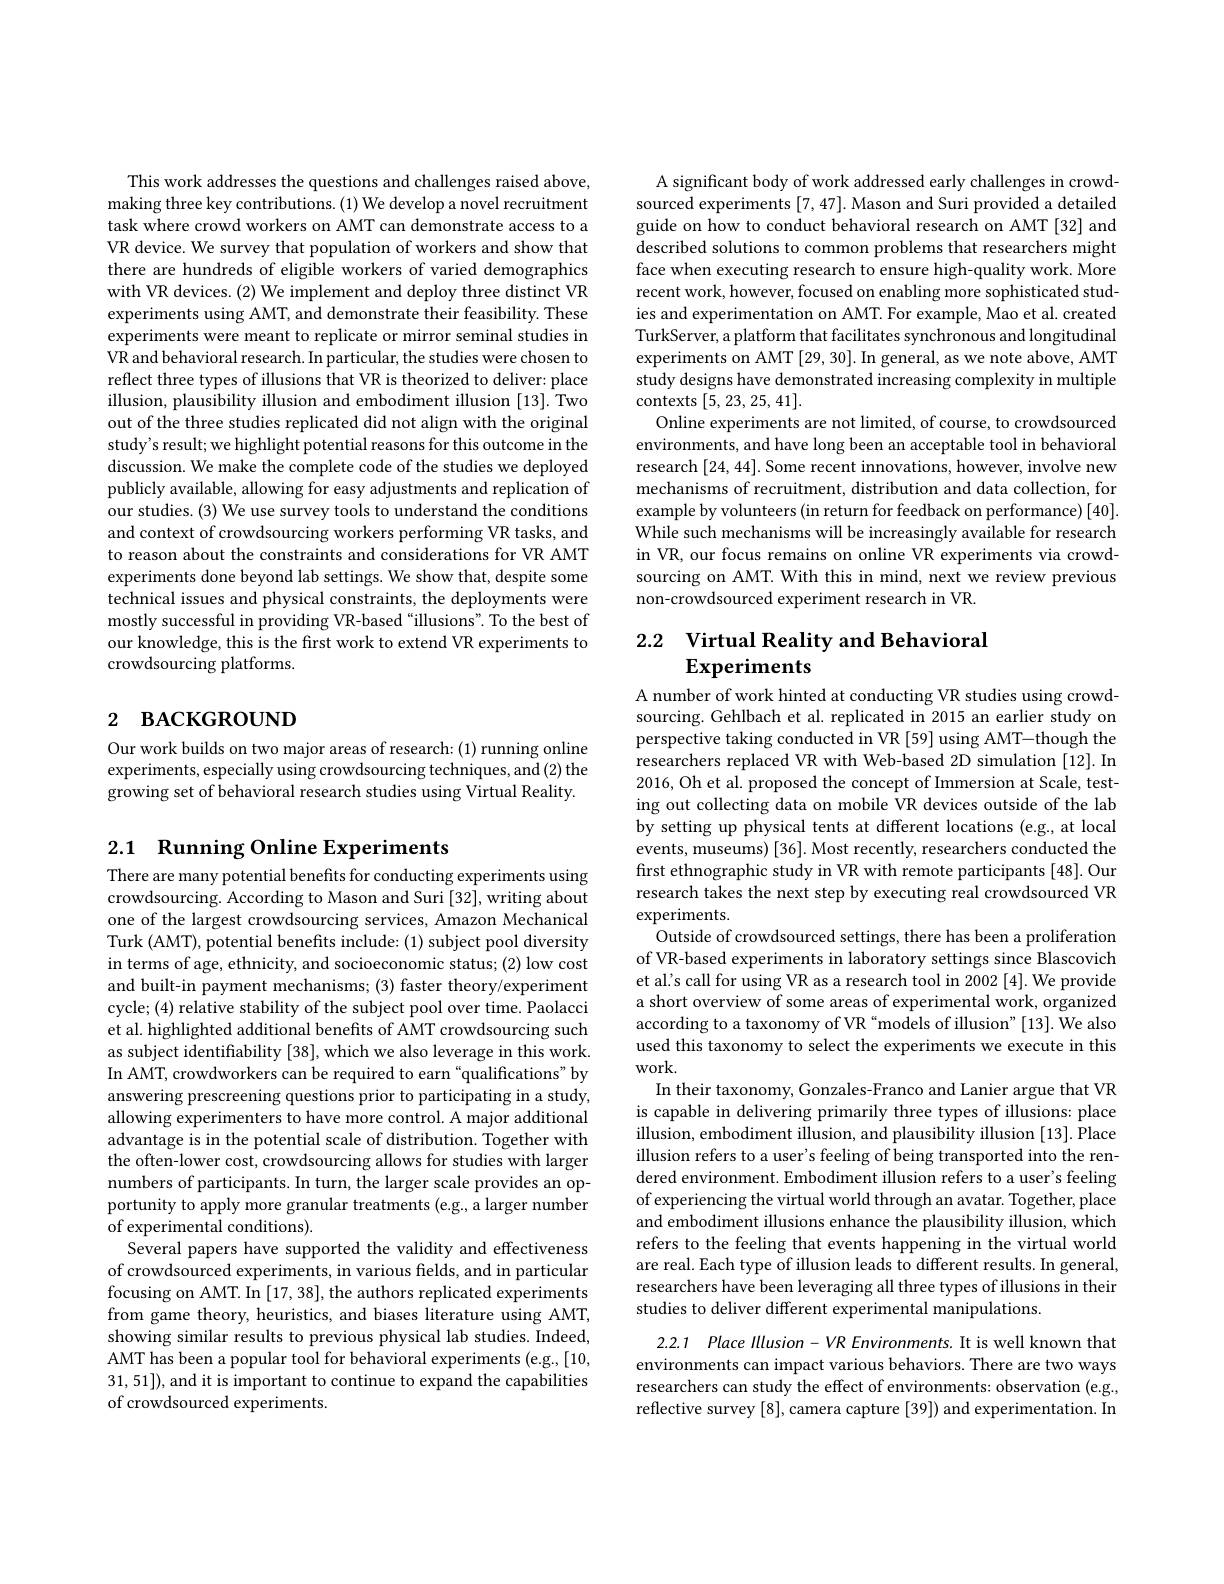
This work addresses the questions and challenges raised above, making three key contributions. (1) We develop a novel recruitment task where crowd workers on AMT can demonstrate access to a VR device. We survey that population of workers and show that there are hundreds of eligible workers of varied demographics with VR devices. (2) We implement and deploy three distinct VR experiments using AMT, and demonstrate their feasibility. These experiments were meant to replicate or mirror seminal studies in VR and behavioral research. In particular, the studies were chosen to reflect three types of illusions that VR is theorized to deliver: place illusion, plausibility illusion and embodiment illusion [13]. Two out of the three studies replicated did not align with the original study's result; we highlight potential reasons for this outcome in the discussion. We make the complete code of the studies we deployed publicly available, allowing for easy adjustments and replication of our studies. (3) We use survey tools to understand the conditions and context of crowdsourcing workers performing VR tasks, and to reason about the constraints and considerations for VR AMT experiments done beyond lab settings. We show that, despite some technical issues and physical constraints, the deployments were mostly successful in providing VR-based “illusions”. To the best of our knowledge, this is the first work to extend VR experiments to crowdsourcing platforms.

# 2 ВАСКGROUND

Our work builds on two major areas of research: (1) running online experiments, especially using crowdsourcing techniques, and (2) the growing set of behavioral research studies using Virtual Reality.

## 2.1 Running Online Experiments

There are many potential benefits for conducting experiments using crowdsourcing. According to Mason and Suri [32], writing about one of the largest crowdsourcing services, Amazon Mechanical Turk (AMT), potential benefits include: (1) subject pool diversity in terms of age, ethnicity, and socioeconomic status; (2) low cost and built-in payment mechanisms; (3) faster theory/experiment cycle; (4) relative stability of the subject pool over time. Paolacci et al. highlighted additional benefits of AMT crowdsourcing such as subject identifability [38], which we also leverage in this work. In AMT, crowdworkers can be required to earn“qualifications”by answering prescreening questions prior to participating in a study, allowing experimenters to have more control. A major additional advantage is in the potential scale of distribution. Together with the often-lower cost, crowdsourcing allows for studies with larger numbers of participants. In turn, the larger scale provides an opportunity to apply more granular treatments (e.g., a larger number of experimental conditions).
Several papers have supported the validity and effectiveness of crowdsourced experiments, in various felds, and in particular focusing on AMT. In [17,38], the authors replicated experiments from game theory, heuristics, and biases literature using AMT, showing similar results to previous physical lab studies. Indeed, AMT has been a popular tool for behavioral experiments (e.g.,[10, 31,51]), and it is important to continue to expand the capabilities of crowdsourced experiments.

A significant body of work addressed early challenges in crowdsourced experiments [7,47]. Mason and Suri provided a detailed guide on how to conduct behavioral research on AMT [32] and described solutions to common problems that researchers might face when executing research to ensure high-quality work. More recent work, however, focused on enabling more sophisticated studies and experimentation on AMT. For example, Mao et al. created TurkServer, a platform that facilitates synchronous and longitudinal experiments on AMT [29,30]. In general, as we note above, AMT study designs have demonstrated increasing complexity in multiple contexts [5,23,25,41].
Online experiments are not limited, of course, to crowdsourced environments, and have long been an acceptable tool in behavioral research [24,44]. Some recent innovations, however, involve new mechanisms of recruitment, distribution and data collection, for example by volunteers (in return for feedback on performance) [40]. While such mechanisms will be increasingly available for research in VR, our focus remains on online VR experiments via crowdsourcing on AMT. With this in mind, next we review previous non-crowdsourced experiment research in VR.

2.2 Virtual Reality and Behavioral
Experiments

A number of work hinted at conducting VR studies using crowdsourcing. Gehlbach et al. replicated in 2015 an earlier study on perspective taking conducted in VR [59] using AMT-though the researchers replaced VR with Web-based 2D simulation [12]. In 2016, Oh et al. proposed the concept of Immersion at Scale, testing out collecting data on mobile VR devices outside of the lab by setting up physical tents at different locations (e.g., at local events, museums) [36]. Most recently, researchers conducted the first ethnographic study in VR with remote participants [48]. Our research takes the next step by executing real crowdsourced VR experiments.
Outside of crowdsourced settings, there has been a proliferation of VR-based experiments in laboratory settings since Blascovich et al's call for using VR as a research tool in 2002 [4]. We provide a short overview of some areas of experimental work, organized according to a taxonomy of VR “models of illusion" [13]. We also used this taxonomy to select the experiments we execute in this work.
In their taxonomy, Gonzales-Franco and Lanier argue that VR is capable in delivering primarily three types of illusions: place illusion, embodiment illusion, and plausibility illusion [13]. Place illusion refers to a user's feeling of being transported into the rendered environment. Embodiment illusion refers to a user's feeling of experiencing the virtual world through an avatar. Together, place and embodiment illusions enhance the plausibility illusion, which refers to the feeling that events happening in the virtual world are real. Each type of illusion leads to different results. In general, researchers have been leveraging all three types of illusions in their studies to deliver different experimental manipulations.
2.2.1 Place Illusion-VR Environments. It is well known that environments can impact various behaviors. There are two ways researchers can study the effect of environments: observation (e.g.,

reflective survey [8], camera capture [39]) and experimentation. In